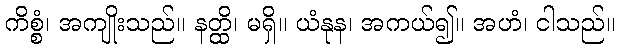
ကိစ္စံ၊ အကျိုးသည်။ နတ္ထိ၊ မရှိ။ ယံနုန၊ အကယ်၍။ အဟံ၊ ငါသည်။